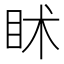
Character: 𥄵